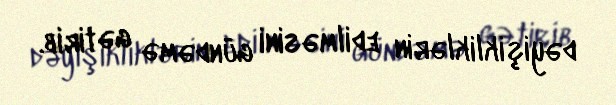
dəyişikliklərin edilməsini gündəmə gətirib.